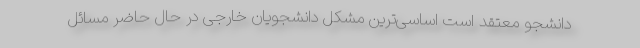
دانشجو معتقد است اساسی‌ترین مشکل دانشجویان خارجی در حال حاضر مسائل